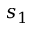
s _ { 1 }